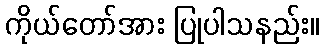
ကိုယ်တော်အား ပြုပါသနည်း။